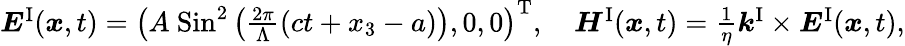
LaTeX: \begin{array}{r}{\boldsymbol{E}^{\mathrm{I}}(\boldsymbol{x},t)=\left(A\ \mathrm{Sin}^{2}\left(\frac{2\pi}{\Lambda}(ct+x_{3}-a)\right),0,0\right)^{\mathrm T},\quad\boldsymbol{H}^{\mathrm{I}}(\boldsymbol{x},t)=\frac{1}{\eta}\boldsymbol{k}^{\mathrm{I}}\times\boldsymbol{E}^{\mathrm{I}}(\boldsymbol{x},t),}\end{array}